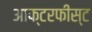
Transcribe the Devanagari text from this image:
आफ्टरफीस्ट